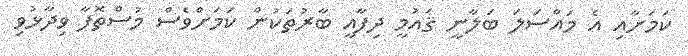
ކަމަށާއި އެ މައްސަލަ ބަލާނީ ޤައުމީ ދިފާއީ ބާރުތަކުން ކަމަށްވެސް މުސްތޮފާ ވިދާޅުވި